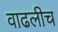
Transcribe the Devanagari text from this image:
वाढलीच